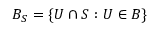
B _ { S } = \{ U \cap S : U \in B \}